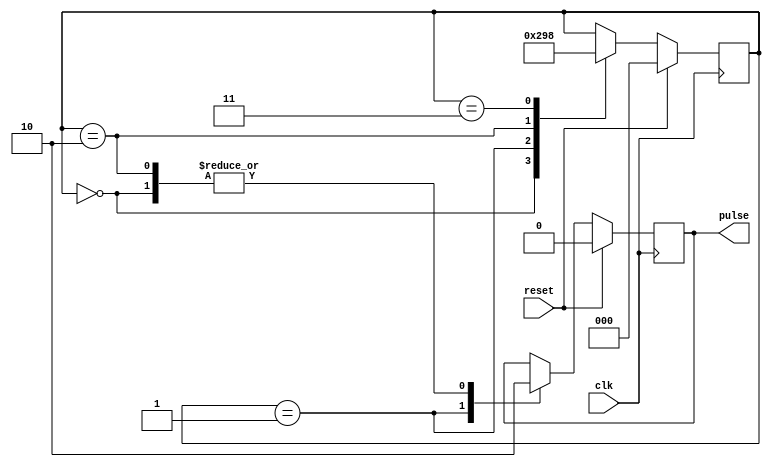
module sync_pulse_generator (
    input wire clk,
    input wire reset,
    output reg pulse
);

reg [2:0] state;

always @(posedge clk) begin
    if (reset) begin
        state <= 3'b000;
        pulse <= 1'b0;
    end else begin
        case (state)
            3'b000: begin
                state <= 3'b001;
                pulse <= 1'b0;
            end
            
            3'b001: begin
                state <= 3'b010;
                pulse <= 1'b1;
            end
            
            3'b010: begin
                state <= 3'b011;
                pulse <= 1'b0;
            end
            
            3'b011: state <= 3'b000;         
        endcase
    end
end

endmodule